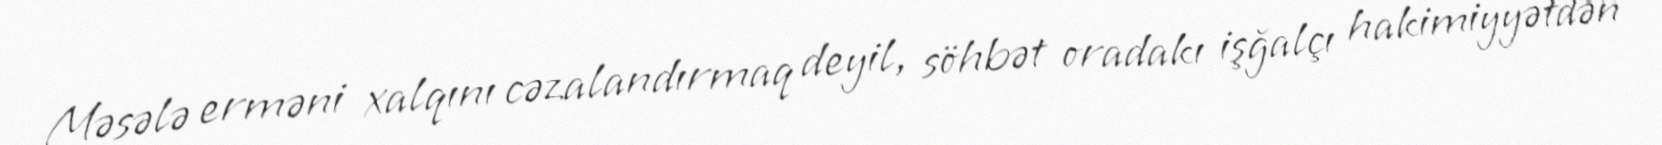
Məsələ erməni xalqını cəzalandırmaq deyil, söhbət oradakı işğalçı hakimiyyətdən